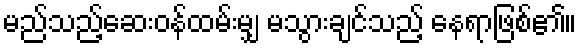
မည်သည့်ဆေးဝန်ထမ်းမျှ မသွားချင်သည့် နေရာဖြစ်၏။